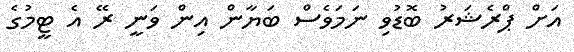
އަށް ޕްރެޝަރު ބޮޑުވި ނަމަވެސް ބަޔާން އިން ވަނީ ރޭ އެ ޓީމުގެ